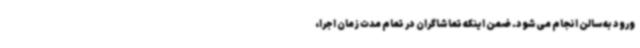
ورود به سالن انجام می‌شود. ضمن اینکه تماشاگران در تمام مدت زمان اجرا،